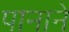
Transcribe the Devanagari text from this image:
पानाने